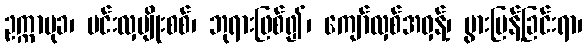
ဥက္ကာမုခ၊ မင်းလှမျိုးစစ်၊ ဘုရားဖြစ်၍၊ ကျော်လှစ်အဝှန့်၊ ပွားပြန့်ခြင်းရာ၊